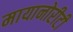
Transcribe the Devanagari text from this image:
मायानोरीटी